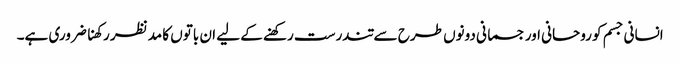
انسانی جسم کو روحانی اور جسمانی دونوں طرح سے تندرست رکھنے کے لیے ان باتوں کا مدنظر رکھنا ضروری ہے۔